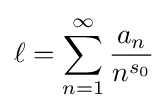
\ell =\sum _{n=1}^{\infty }{\frac {a_{n}}{n^{s_{0}}}}